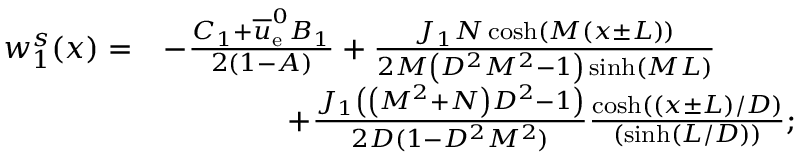
\begin{array} { r l } { w _ { 1 } ^ { s } ( x ) = } & { - \frac { C _ { 1 } + \overline { { u } } _ { \mathrm { e } } ^ { 0 } B _ { 1 } } { 2 ( 1 - A ) } + \frac { J _ { 1 } N \cosh \left( M ( x \pm L ) \right) } { 2 M \left( { D } ^ { 2 } { M } ^ { 2 } - 1 \right) \sinh \left( M L \right) } } \\ & { \qquad \qquad + \frac { J _ { 1 } \left( \left( { M } ^ { 2 } + N \right) { D } ^ { 2 } - 1 \right) } { 2 D ( 1 - { D } ^ { 2 } { M } ^ { 2 } ) } \frac { \cosh \left( ( x \pm L ) / D \right) } { \left( \sinh \left( L / D \right) \right) } ; } \end{array}